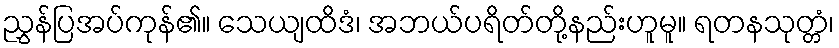
ညွှန်ပြအပ်ကုန်၏။ သေယျထိဒံ၊ အဘယ်ပရိတ်တို့နည်းဟူမူ။ ရတနသုတ္တံ၊